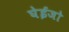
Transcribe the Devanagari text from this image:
घेईजो